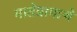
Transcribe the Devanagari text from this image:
मातेप्रामाणे